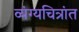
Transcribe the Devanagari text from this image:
व्यंग्यचित्रांत